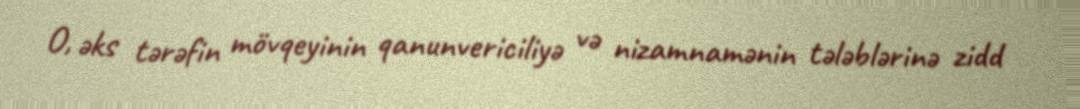
O, əks tərəfin mövqeyinin qanunvericiliyə və nizamnamənin tələblərinə zidd